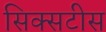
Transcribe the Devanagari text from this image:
सिक्सटीस